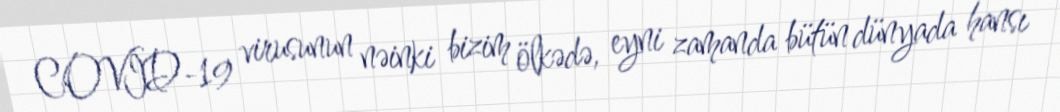
COVID-19 virusunun nəinki bizim ölkədə, eyni zamanda bütün dünyada hansı